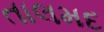
તાલમદ